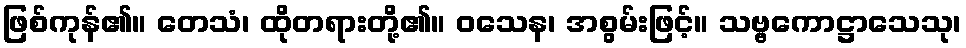
ဖြစ်ကုန်၏။ တေသံ၊ ထိုတရားတို့၏။ ဝသေန၊ အစွမ်းဖြင့်။ သဗ္ဗကောဋ္ဌာသေသု၊